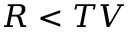
R < T V